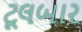
ટૂલબાર